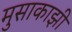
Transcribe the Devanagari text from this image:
मुसाकाझी